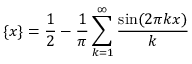
\{ x \} = { \frac { 1 } { 2 } } - { \frac { 1 } { \pi } } \sum _ { k = 1 } ^ { \infty } { \frac { \sin ( 2 \pi k x ) } { k } }